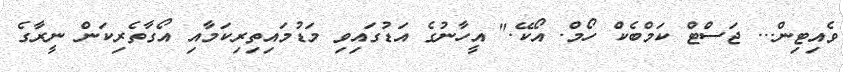
ވެއިޓިން... ޖަސްޓް ކަމްބެކް ހޯމް. އޯކޭ." އީހާނުގެ އަޑުގައިވި މަޑުމައިތިރިކަމާއި އޯގާތެރިކަން ނީރާގެ